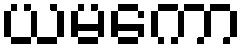
ယမကော